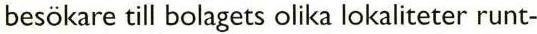
besökare till bolagets olika lokaliteter runt-